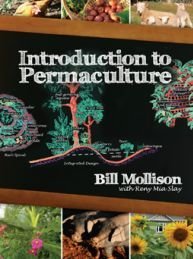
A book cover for Introduction to Permaculture; Bill Mollison; Science & Math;